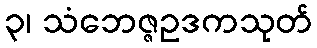
၃၊ သံဘေဇ္ဇဥဒကသုတ်